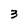
Character: 3